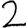
Digit: 2